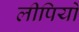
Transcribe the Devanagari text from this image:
लीपियों